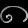
Digit: ၈